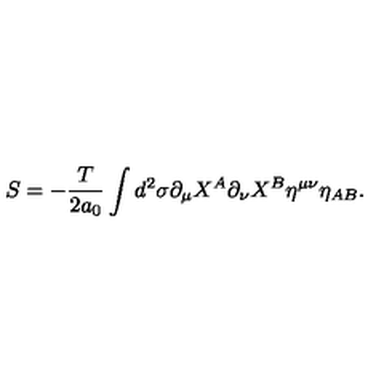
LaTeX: S = - \frac { T } { 2 a _ { 0 } } \int d ^ { 2 } \sigma \partial _ { \mu } X ^ { A } \partial _ { \nu } X ^ { B } \eta ^ { \mu \nu } \eta _ { A B } .